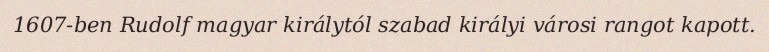
1607-ben Rudolf magyar királytól szabad királyi városi rangot kapott.